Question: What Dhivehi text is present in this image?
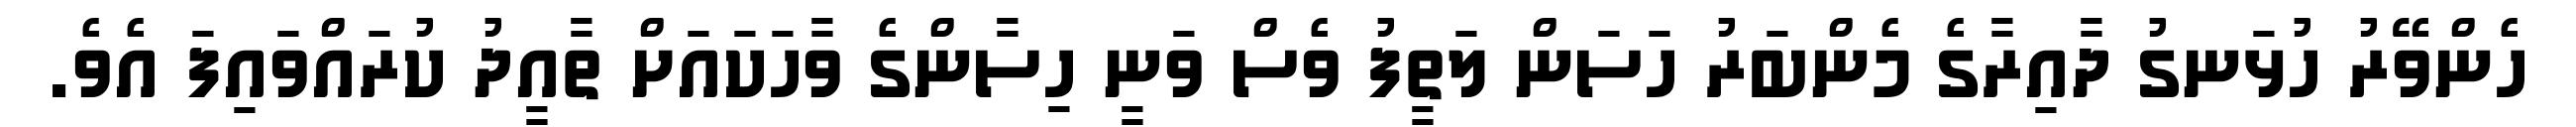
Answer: ހެންވޭރު ހުޅަނގު ދާއިރާގެ މެންބަރު ހަސަން ލަތީފު ވެސް ވަނީ ހިސާންގެ ވާހަކައަށް ތާއީދު ކުރައްވައިފަ އެވެ.